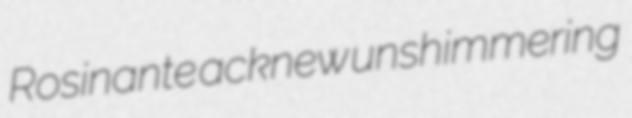
Rosinante acknew unshimmering